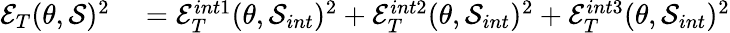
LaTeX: \begin{array}{rl}{\mathcal{E}_{T}(\theta,\mathcal{S})^{2}}&{{}=\mathcal{E}_{T}^{int1}(\theta,\mathcal{S}_{int})^{2}+\mathcal{E}_{T}^{int2}(\theta,\mathcal{S}_{int})^{2}+\mathcal{E}_{T}^{int3}(\theta,\mathcal{S}_{int})^{2}}\end{array}